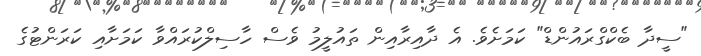
"ސީދާ ބެކްގްރައުންޑް" ކަމަށެވެ. އެ ދާއިރާއިން ތައުލީމު ވެސް ހާސިލްކުރައްވާ ކަމަށާއި ކަރަންޓުގެ